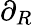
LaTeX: \partial_{R}